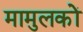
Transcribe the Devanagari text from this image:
मामुलकों